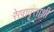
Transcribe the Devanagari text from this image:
रेखावृत्ताशी